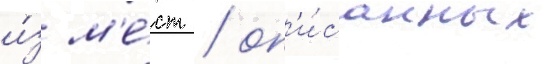
и́з м'е́ст / оп'и́санных